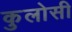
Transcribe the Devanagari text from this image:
कुलोसी